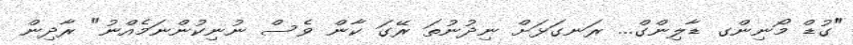
"ގުޑް މޯނިންގ ޑާލިންގް... ރަނގަޅަށް ނިދުނުތަ ރޭގަ ކާން ވެސް ނުނިކުންނަމެއްނު" ރާދިން